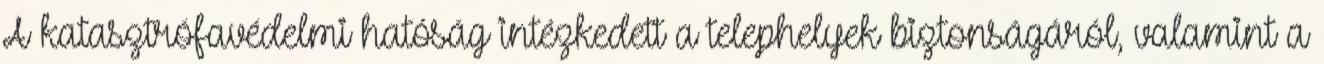
A katasztrófavédelmi hatóság intézkedett a telephelyek biztonságáról, valamint a